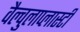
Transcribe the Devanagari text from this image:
वैल्वुलाप्लास्टी